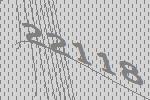
22118